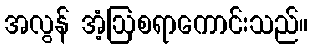
အလွန် အံ့ဩစရာကောင်းသည်။